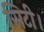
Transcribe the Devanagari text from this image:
सिटी।